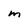
Character: m